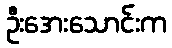
ဦးအေးသောင်းက